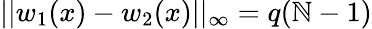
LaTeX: ||w_{1}(x)-w_{2}(x)||_{\infty}=q(\mathbb{N}-1)